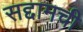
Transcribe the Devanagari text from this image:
सद्दामची